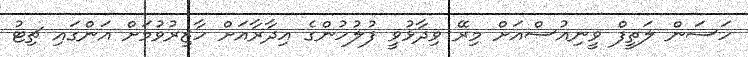
ހަސަން ލަތީފް ވީނިއުސްއަށް މިރޭ ވިދާޅުވީ ފުލުހުންގެ އިދާރާއަށް ހާޒިރުވުމަށް އަންގައި ޗިޓު